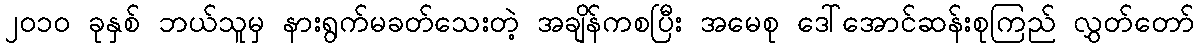
၂၀၁၀ ခုနှစ် ဘယ်သူမှ နားရွက်မခတ်သေးတဲ့ အချိန်ကစပြီး အမေစု ဒေါ်အောင်ဆန်းစုကြည် လွှတ်တော်